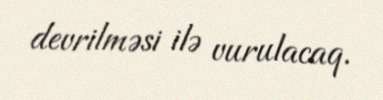
devrilməsi ilə vurulacaq.